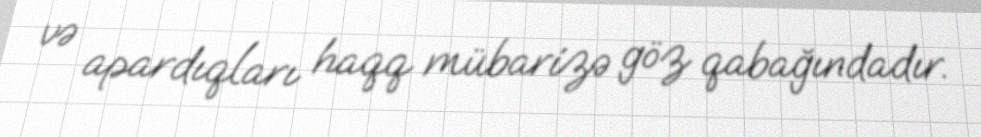
və apardıqları haqq mübarizə göz qabağındadır.